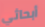
أبحاثي